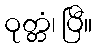
ဝုတ္တံ၊ ပြီ။